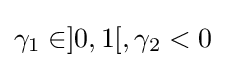
\gamma _{1}\in ]0,1[,\gamma _{2}<0